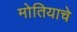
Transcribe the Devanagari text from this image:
मोतियाचे